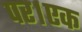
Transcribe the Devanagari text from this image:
पर।एक